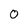
Character: 0